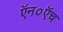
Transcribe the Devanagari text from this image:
ऍन०ऍच